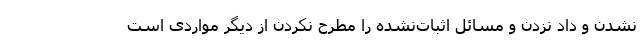
نشدن و داد نزدن و مسائل اثبات‌نشده را مطرح نکردن از دیگر مواردی است